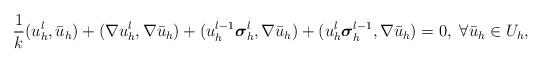
LaTeX: \begin{align*}\frac{1}{k}(u^l_h,\bar{u}_h)+ (\nabla u^{l}_h, \nabla\bar{u}_h)+ (u^{l-1}_h{\boldsymbol \sigma}^{l}_h,\nabla\bar{u}_h)+(u^{l}_h{\boldsymbol \sigma}^{l-1}_h,\nabla\bar{u}_h)=0, \ \forall\bar{u}_h\in U_h,\end{align*}